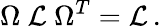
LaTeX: \Omega\ {\cal L}\ \Omega^{T}={\cal L}\, .